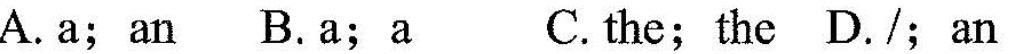
A. a;an B.a;a C.the;the D./;an